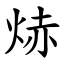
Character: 焃